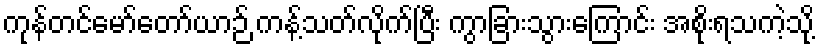
ကုန်တင်မော်တော်ယာဉ် ကန့်သတ်လိုက်ပြီး ကွာခြားသွားကြောင်း အစိုးရသကဲ့သို့